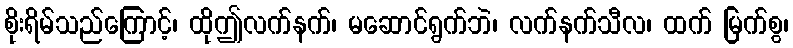
စိုးရိမ်သည်ကြောင့်၊ ထိုဤလက်နက်၊ မဆောင်ရွက်ဘဲ၊ လက်နက်သီလ၊ ထက် မြက်စွ၊